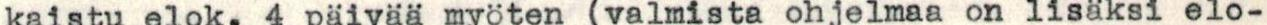
kaistu elok. 4 päivää myäten (valmista ohjelmaa on lisäksi elo-